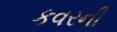
કવરની